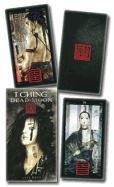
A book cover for I Ching: Dead Moon Deck; Lo Scarabeo; Religion & Spirituality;